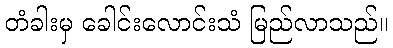
တံခါးမှ ခေါင်းလောင်းသံ မြည်လာသည်။